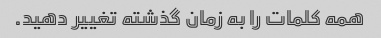
همه کلمات را به زمان گذشته تغییر دهید.